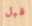
قبل